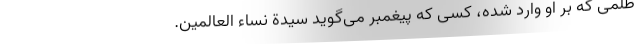
ظلمی که بر او وارد شده، کسی که پیغمبر می‌گوید سیدة نساء العالمین.